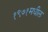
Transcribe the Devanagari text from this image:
१९७१मधील